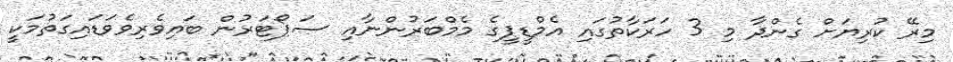
މިރޭ ކުރިޔަށް ގެންދާ މި 3 ހަރަކާތުގައި އެމްޑީޕީގެ މެމްބަރުންނާއި ސަޕޯޓަރުން ބައިވެރިވެވަޑައިގަތުމަކީ